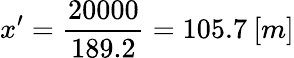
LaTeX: x^{\prime}=\frac{20000}{189.2}=105.7\: [m]